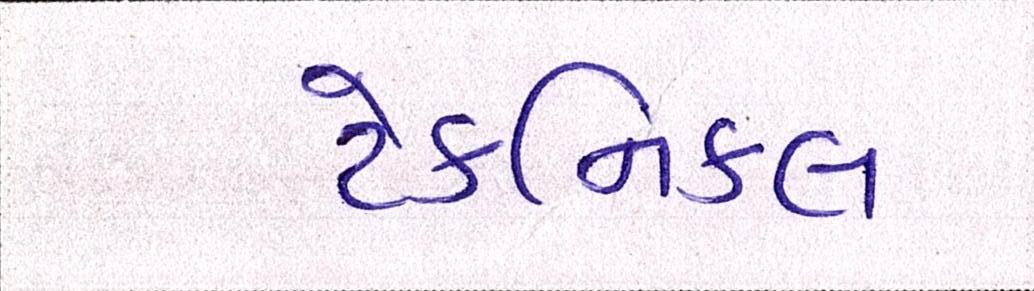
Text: ટેકનિકલ